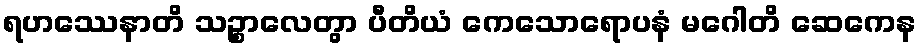
ရဟဿေနာတိ သဉ္စာလေတွာ ပီတိယံ ကေသောရောပနံ မဂေါတိ ဆေကေန